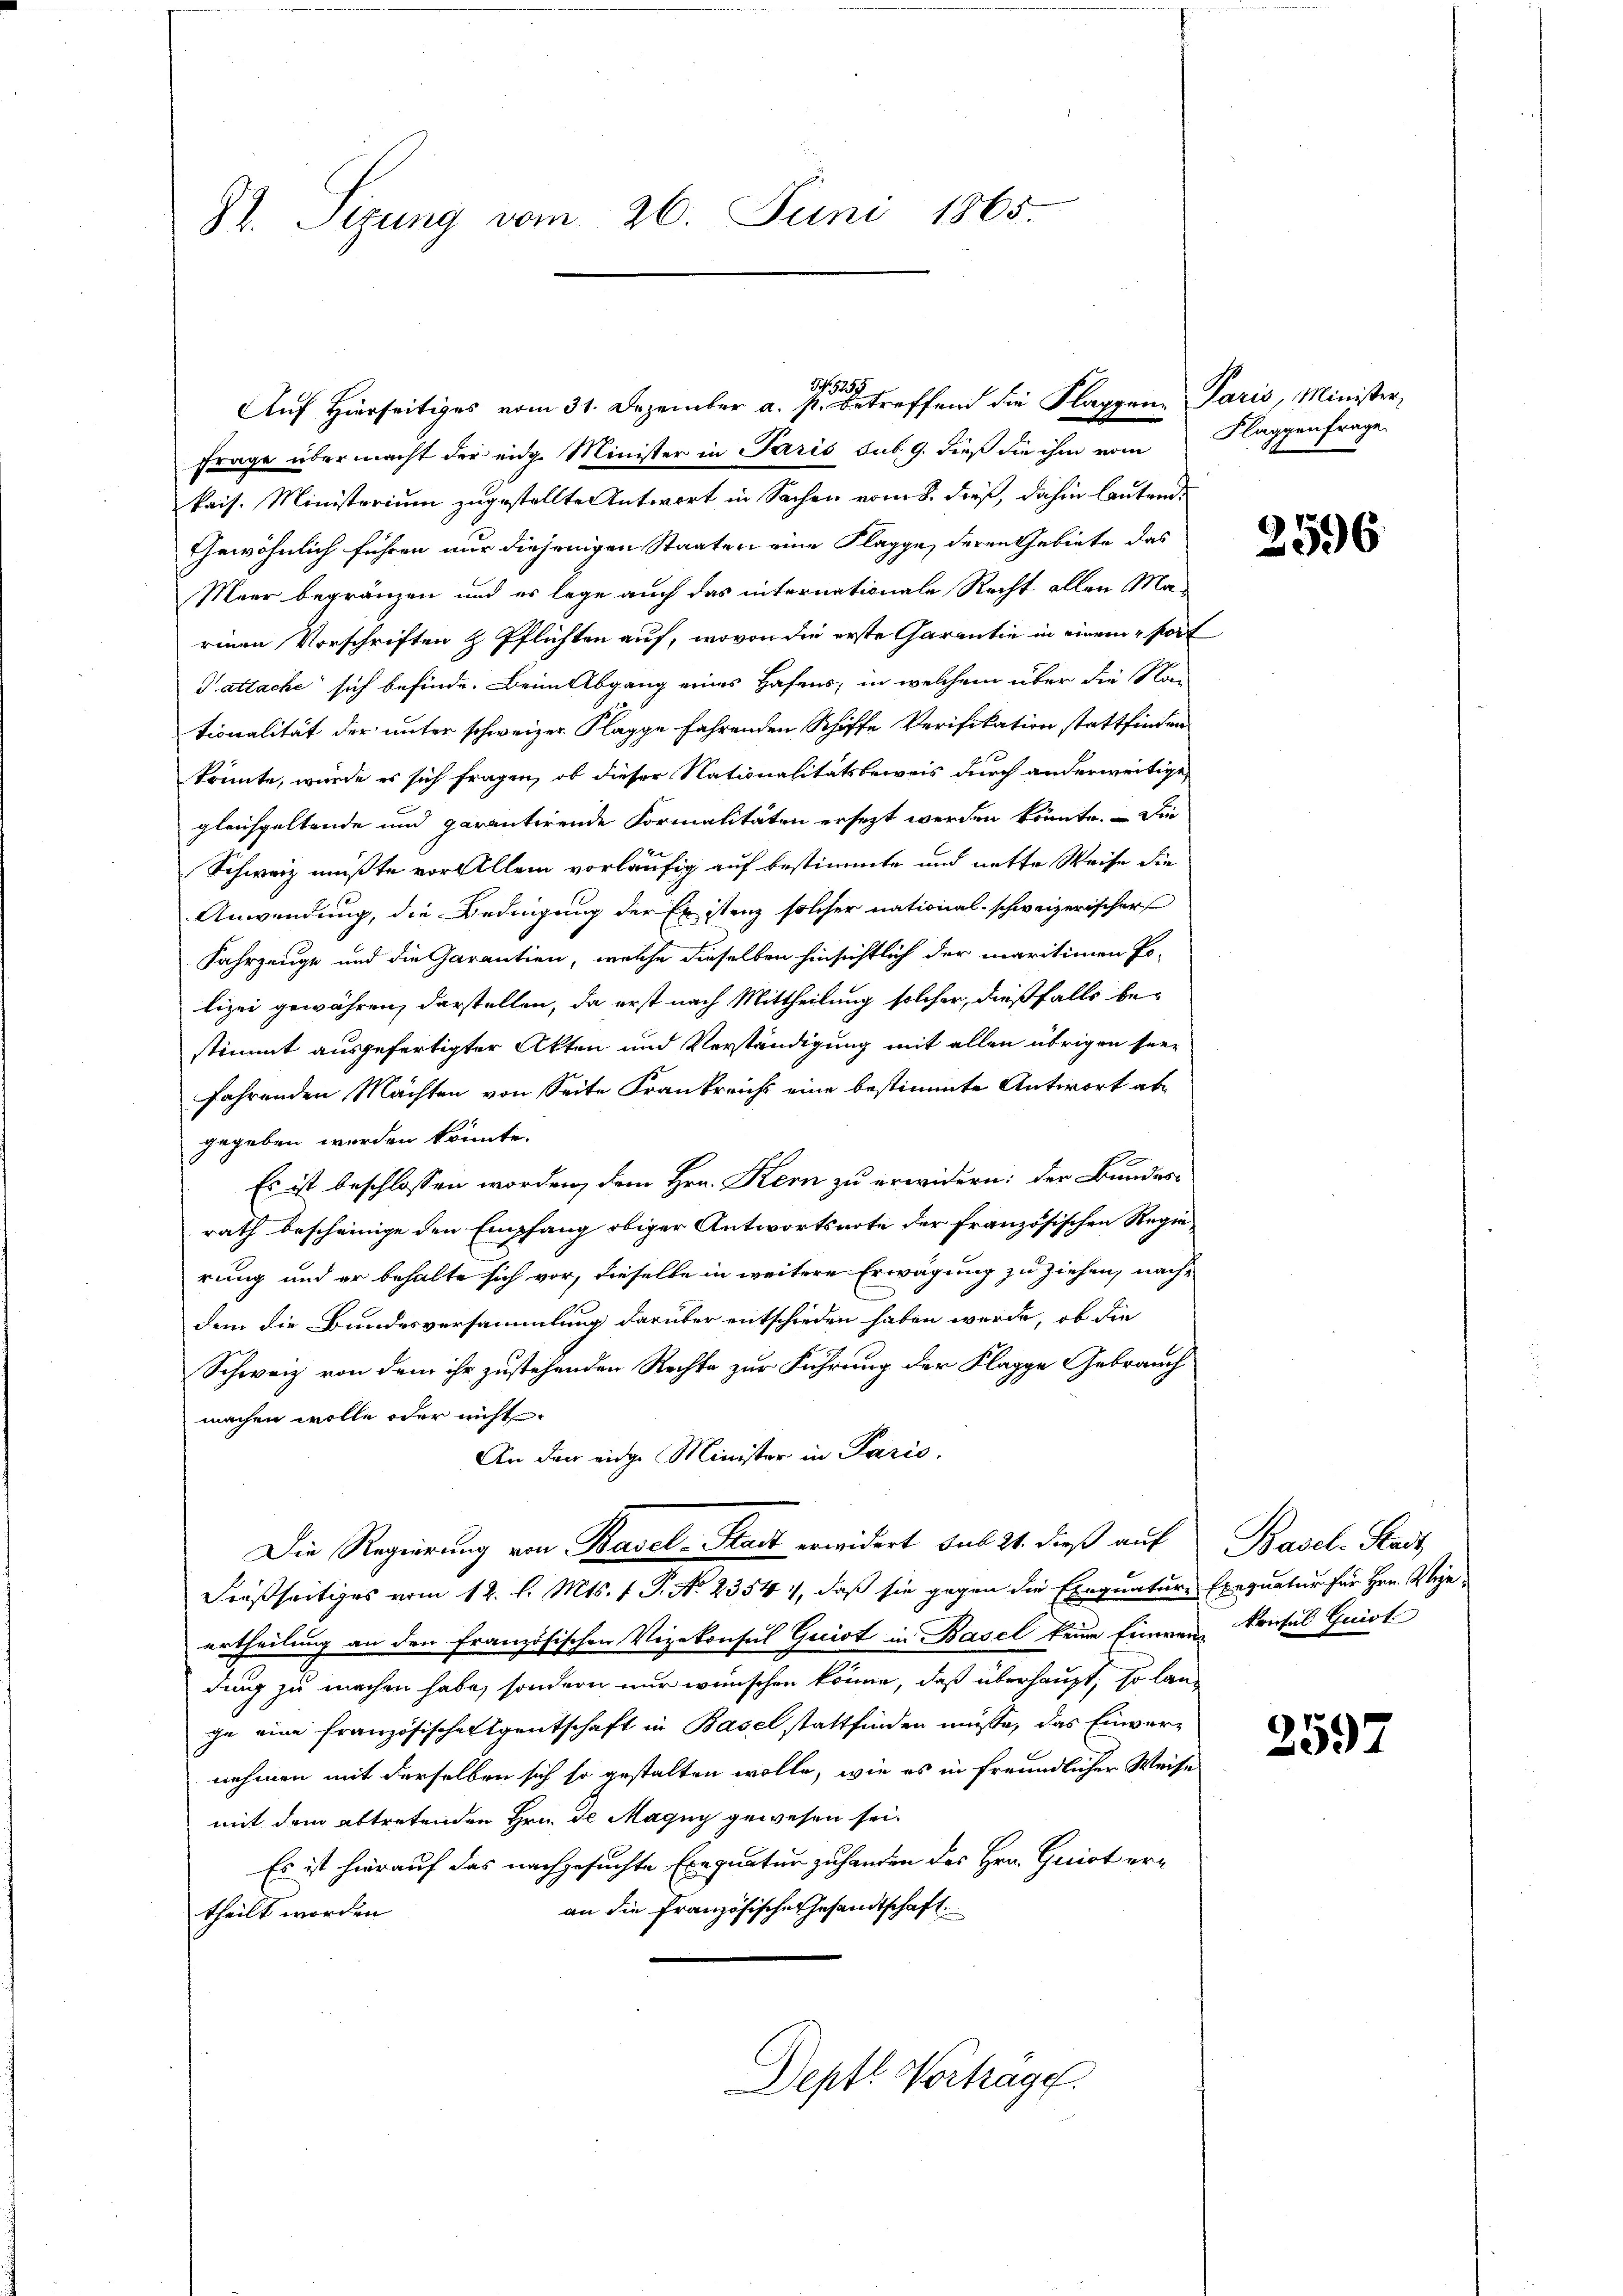
St. Sitzung vom 26. Juni 1865.

Auf Hierseitiges vom 31. Dezember a. p. betreffend die Klappen- Paris, Minister,
Frage übermacht der eidg. Minister in Paris sub. 9. dieß die ihm vom
kais. Ministerium zugestellte Antwort in Sachen vom 8. dieß, dahin lautende
Gewöhnlich führen nur diejenigen Staaten eine Klagge, deren Gebiete das
Meer begränzen und es lege auch das internationale Recht allen Ma-
einen Vorschriften & Pflichten auf, wovon die erste Garantie in einem fort
Pattache sich befinde. Beim Abgang eines Hafens, in welchem über die Nac
tionalität der unter schweizer Klagge fahrenden Schiffe Verifikation stattfinden.
könnte, würde es sich fragen, ob dieser Nationalitätsbeweis durch anderweitige,
gleichgeltende und parantirende Formalitäten ersezt werden könnte. — Die
Schweiz mußte vor Allem vorläufig auf bestimmte und nette Weise die
Anwendung, die Bedingung der Existenz solcher national-schweizerischer
Fahrzeuge und die Garantien, welche dieselben hinsichtlich der maritienen Po-
lizei gewähren, darstellen, da erst nach Mittheilung solcher, dießfalls bestimmt ausgefertigter Akten und Verständigung mit allen übrigen seefahrenden Machten von Seite Frankreichs eine bestimmte Antwort abgegeben worden könnte.
Es ist beschlossen worden, dem Hrn. Kern zu erwidern: der Bundesrath bescheinige den Empfang obiger Antwortsnote der französischen Regierung und er behalte sich vor, dieselbe in weitere Erwägung zu ziehen, nachdem die Bundesversammlung darüber entschieden haben werde, ob die
Schweiz von dem ihr zustehenden Rechte zur Führung der Klagge Gebrauch
machen wolle oder nicht
An den einge Minister in Paris.
Die Regierung von Basel-Stadt erwidert sub 21. dieß auf
Freßseitiges vom 12. l. Mts. f. P. No 2354, daß sie gegen die Exequature Exequatur für Hrn. Wir
ertheilung an den Französischen Vizekonsul Quist in Basel keine Einen Frisul Quist
dung zu machen habe, sondern nur wünschen könne, daß überhaupt, so lange eine französischerigentschaft in Basel stattfinden müsse, das Einvernehmen mit derselben sich so gestalten wolle, wie es in freundlicher Weise
mit dem abtretenden Hrn. Se Magny gewesen sei.
Es ist hierauf das nachgesuchte Exequatur zu handen des Hrn. Quist eran die Französische Gesandtschaft
theilt worden.
Deptl. Vortrage.

Zif. 729.

Flaggenfrage.

.

2596.

Basel-Stadt

2597